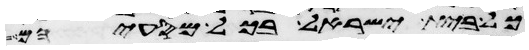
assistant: כל בית ישראל בכל מסעיהם